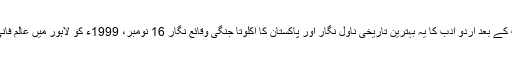
آخر کار سال بھر کی طویل علالت کے بعد اُردو ادب کا یہ بہترین تاریخی ناول نگار اور پاکستان کا اکلوتا جنگی وقائع نگار 16 نومبر، 1999ء کو لاہور میں عالمِ فانی سے عالمِ بقا کی طرف روانہ ہوا۔